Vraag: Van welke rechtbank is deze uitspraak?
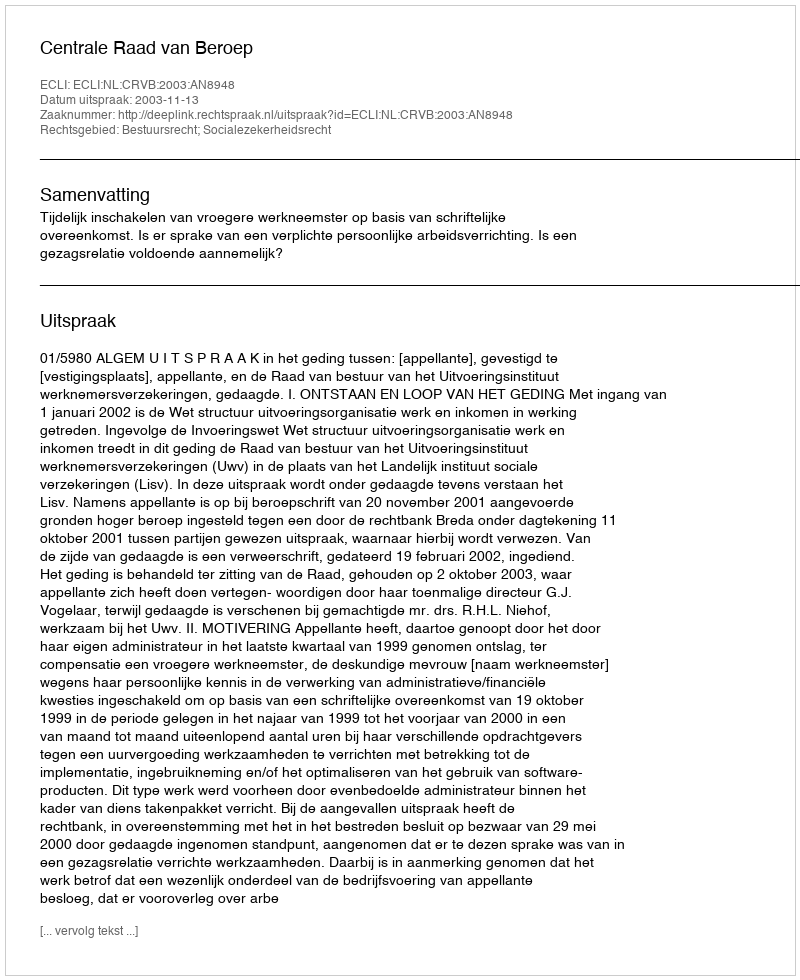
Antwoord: Centrale Raad van Beroep